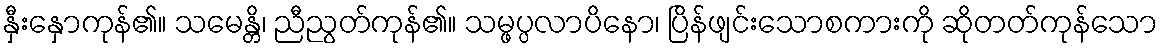
နှီးနှောကုန်၏။ သမေန္တိ၊ ညီညွတ်ကုန်၏။ သမ္ဖပ္ပလာပိနော၊ ပြိန်ဖျင်းသောစကားကို ဆိုတတ်ကုန်သော